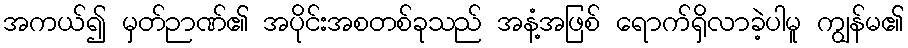
အကယ်၍ မှတ်ဉာဏ်၏ အပိုင်းအစတစ်ခုသည် အနံ့အဖြစ် ရောက်ရှိလာခဲ့ပါမူ ကျွန်မ၏